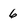
Character: 6